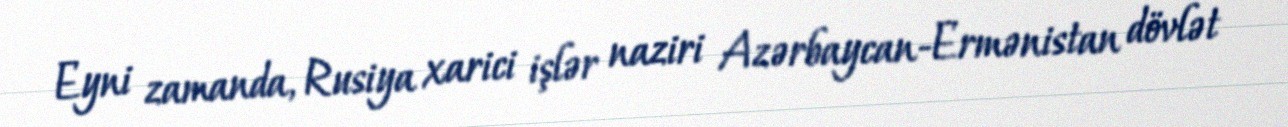
Eyni zamanda, Rusiya xarici işlər naziri Azərbaycan-Ermənistan dövlət